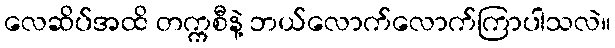
လေဆိပ်အထိ တက္ကစီနဲ့ ဘယ်လောက်လောက်ကြာပါသလဲ။